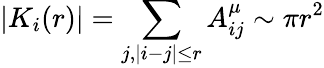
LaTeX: |K_{i}(r)|=\sum_{j,|i-j|\leq r}A_{ij}^{\mu}\sim\pi r^{2}